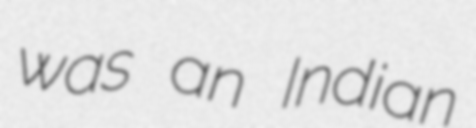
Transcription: was an Indian